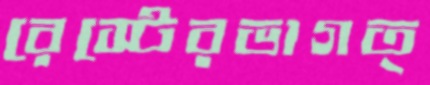
রেস্টেরভাগত্